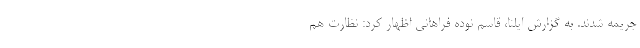
جریمه شدند. به گزارش ایلنا، قاسم نوده فراهانی اظهار کرد: نظارت هم